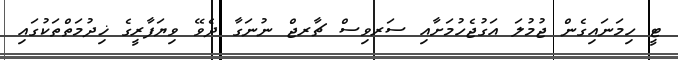
ޓީ ހިމަނައިގެން ޖުމުލަ އަގުޖެހުމަށާއި ސަރވިސް ޗާރޖް ނުނަގާ ދެވޭ ވިޔަފާރީގެ ޚިދުމަތްތަކުގައި